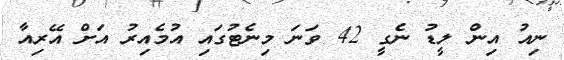
ނިއު އިން ލީޑު ނެގީ 42 ވަނަ މިނެޓުގައި އުމެއިރު އަށް އޭރިއާ